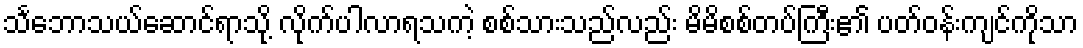
သင်္ဘောသယ်ဆောင်ရာသို့ လိုက်ပါလာရသကဲ့ စစ်သားသည်လည်း မိမိစစ်တပ်ကြီး၏ ပတ်ဝန်းကျင်ကိုသာ